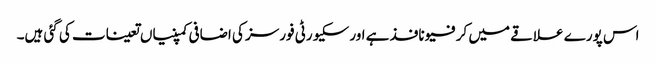
اس پورے علاقے میں کرفیو نافذ ہے اور سکیورٹی فورسز کی اضافی کمپنیاں تعینات کی گئی ہیں۔